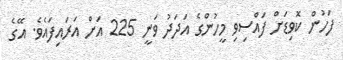
ފަހުން ކޮވިޑަށް ފައްސިވި މީހުންގެ އަދަދު ވަނީ 225 އަށް އަރައިފައެވެ. އޭގެ